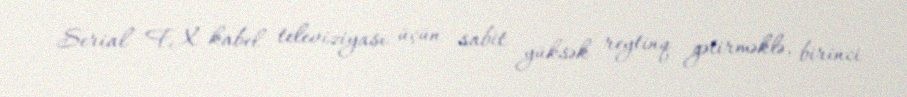
Serial FX kabel televiziyası üçün sabit yüksək reytinq gətirməklə, birinci